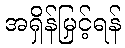
အရှိန်မြှင့်ရန်